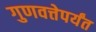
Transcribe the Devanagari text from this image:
गुणवत्तेपर्यंत